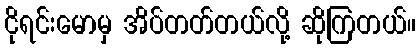
ငိုရင်းမောမှ အိပ်တတ်တယ်လို့ ဆိုကြတယ်။